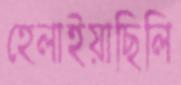
হেলাইয়াছিলি